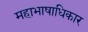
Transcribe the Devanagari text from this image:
महाभाषाधिकार